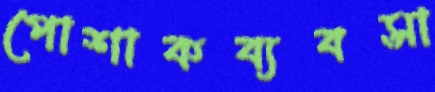
পোশাকব্যবসা